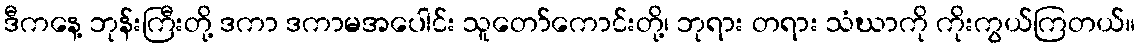
ဒီကနေ့ ဘုန်းကြီးတို့ ဒကာ ဒကာမအပေါင်း သူတော်ကောင်းတို့၊ ဘုရား တရား သံဃာကို ကိုးကွယ်ကြတယ်။